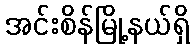
အင်းစိန်မြို့နယ်ရှိ